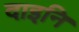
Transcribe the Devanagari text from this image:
दाइनि